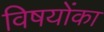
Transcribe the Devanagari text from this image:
विषयोंका